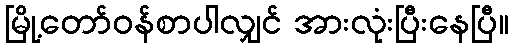
မြို့တော်ဝန်စာပါလျှင် အားလုံးပြီးနေပြီ။